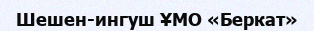
Шешен-ингуш ҰМО «Беркат»